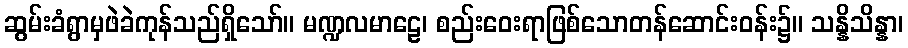
ဆွမ်းခံရွာမှဖဲခဲကုန်သည်ရှိသော်။ မဏ္ဍလမာဠေ၊ စည်းဝေးရာဖြစ်သောတန်ဆောင်းဝန်း၌။ သန္နိသိန္နာ၊